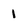
Character: 1